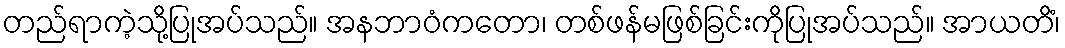
တည်ရာကဲ့သို့ပြုအပ်သည်။ အနဘာဝံကတော၊ တစ်ဖန်မဖြစ်ခြင်းကိုပြုအပ်သည်။ အာယတိံ၊